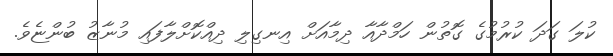
ކުލަ ގަދަ ކުރުމުގެ ގޮތުން ހަމްދާއާ ދިމާއަށް އިނގިލި ދިއްކޮށްލާފައި މުނާޒު ބުންޏެވެ.